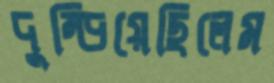
দুম্‌ড়িয়েছিলেম